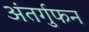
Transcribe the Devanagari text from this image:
अंतर्गुफन